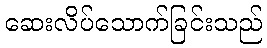
ဆေးလိပ်သောက်ခြင်းသည်